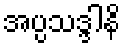
အပ္ပသဒ္ဒါနိ